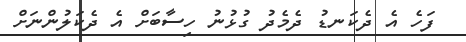
ފަހެ އެ ދެކަނޑު ދެމެދު ގުޅުނު ހިސާބަށް އެ ދެކަލުންނަށް